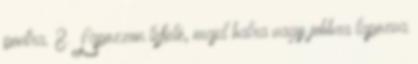
pontra. 8. Lapozzon lefelé, majd balra vagy jobbra lapozva